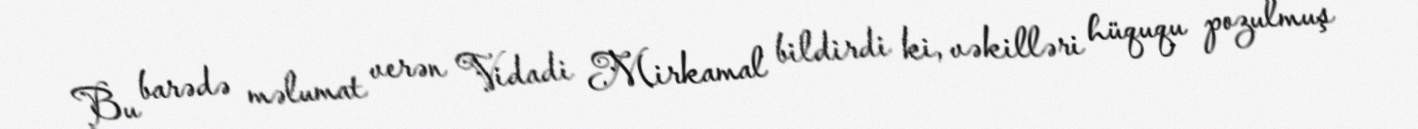
Bu barədə məlumat verən Vidadi Mirkamal bildirdi ki, vəkilləri hüququ pozulmuş